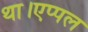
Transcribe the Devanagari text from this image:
था।एप्पल